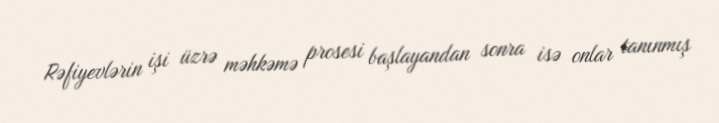
Rəfiyevlərin işi üzrə məhkəmə prosesi başlayandan sonra isə onlar tanınmış